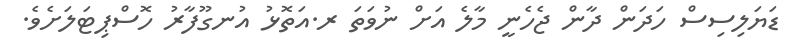
ޑަޔަލިސިސް ހަދަން ދާން ޖެހެނީ މާލެ އަށް ނުވަތަ ރ.އަތޮޅު އުނގޫފާރު ހޮސްޕިޓަލަށެވެ.